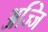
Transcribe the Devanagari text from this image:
अज्जि